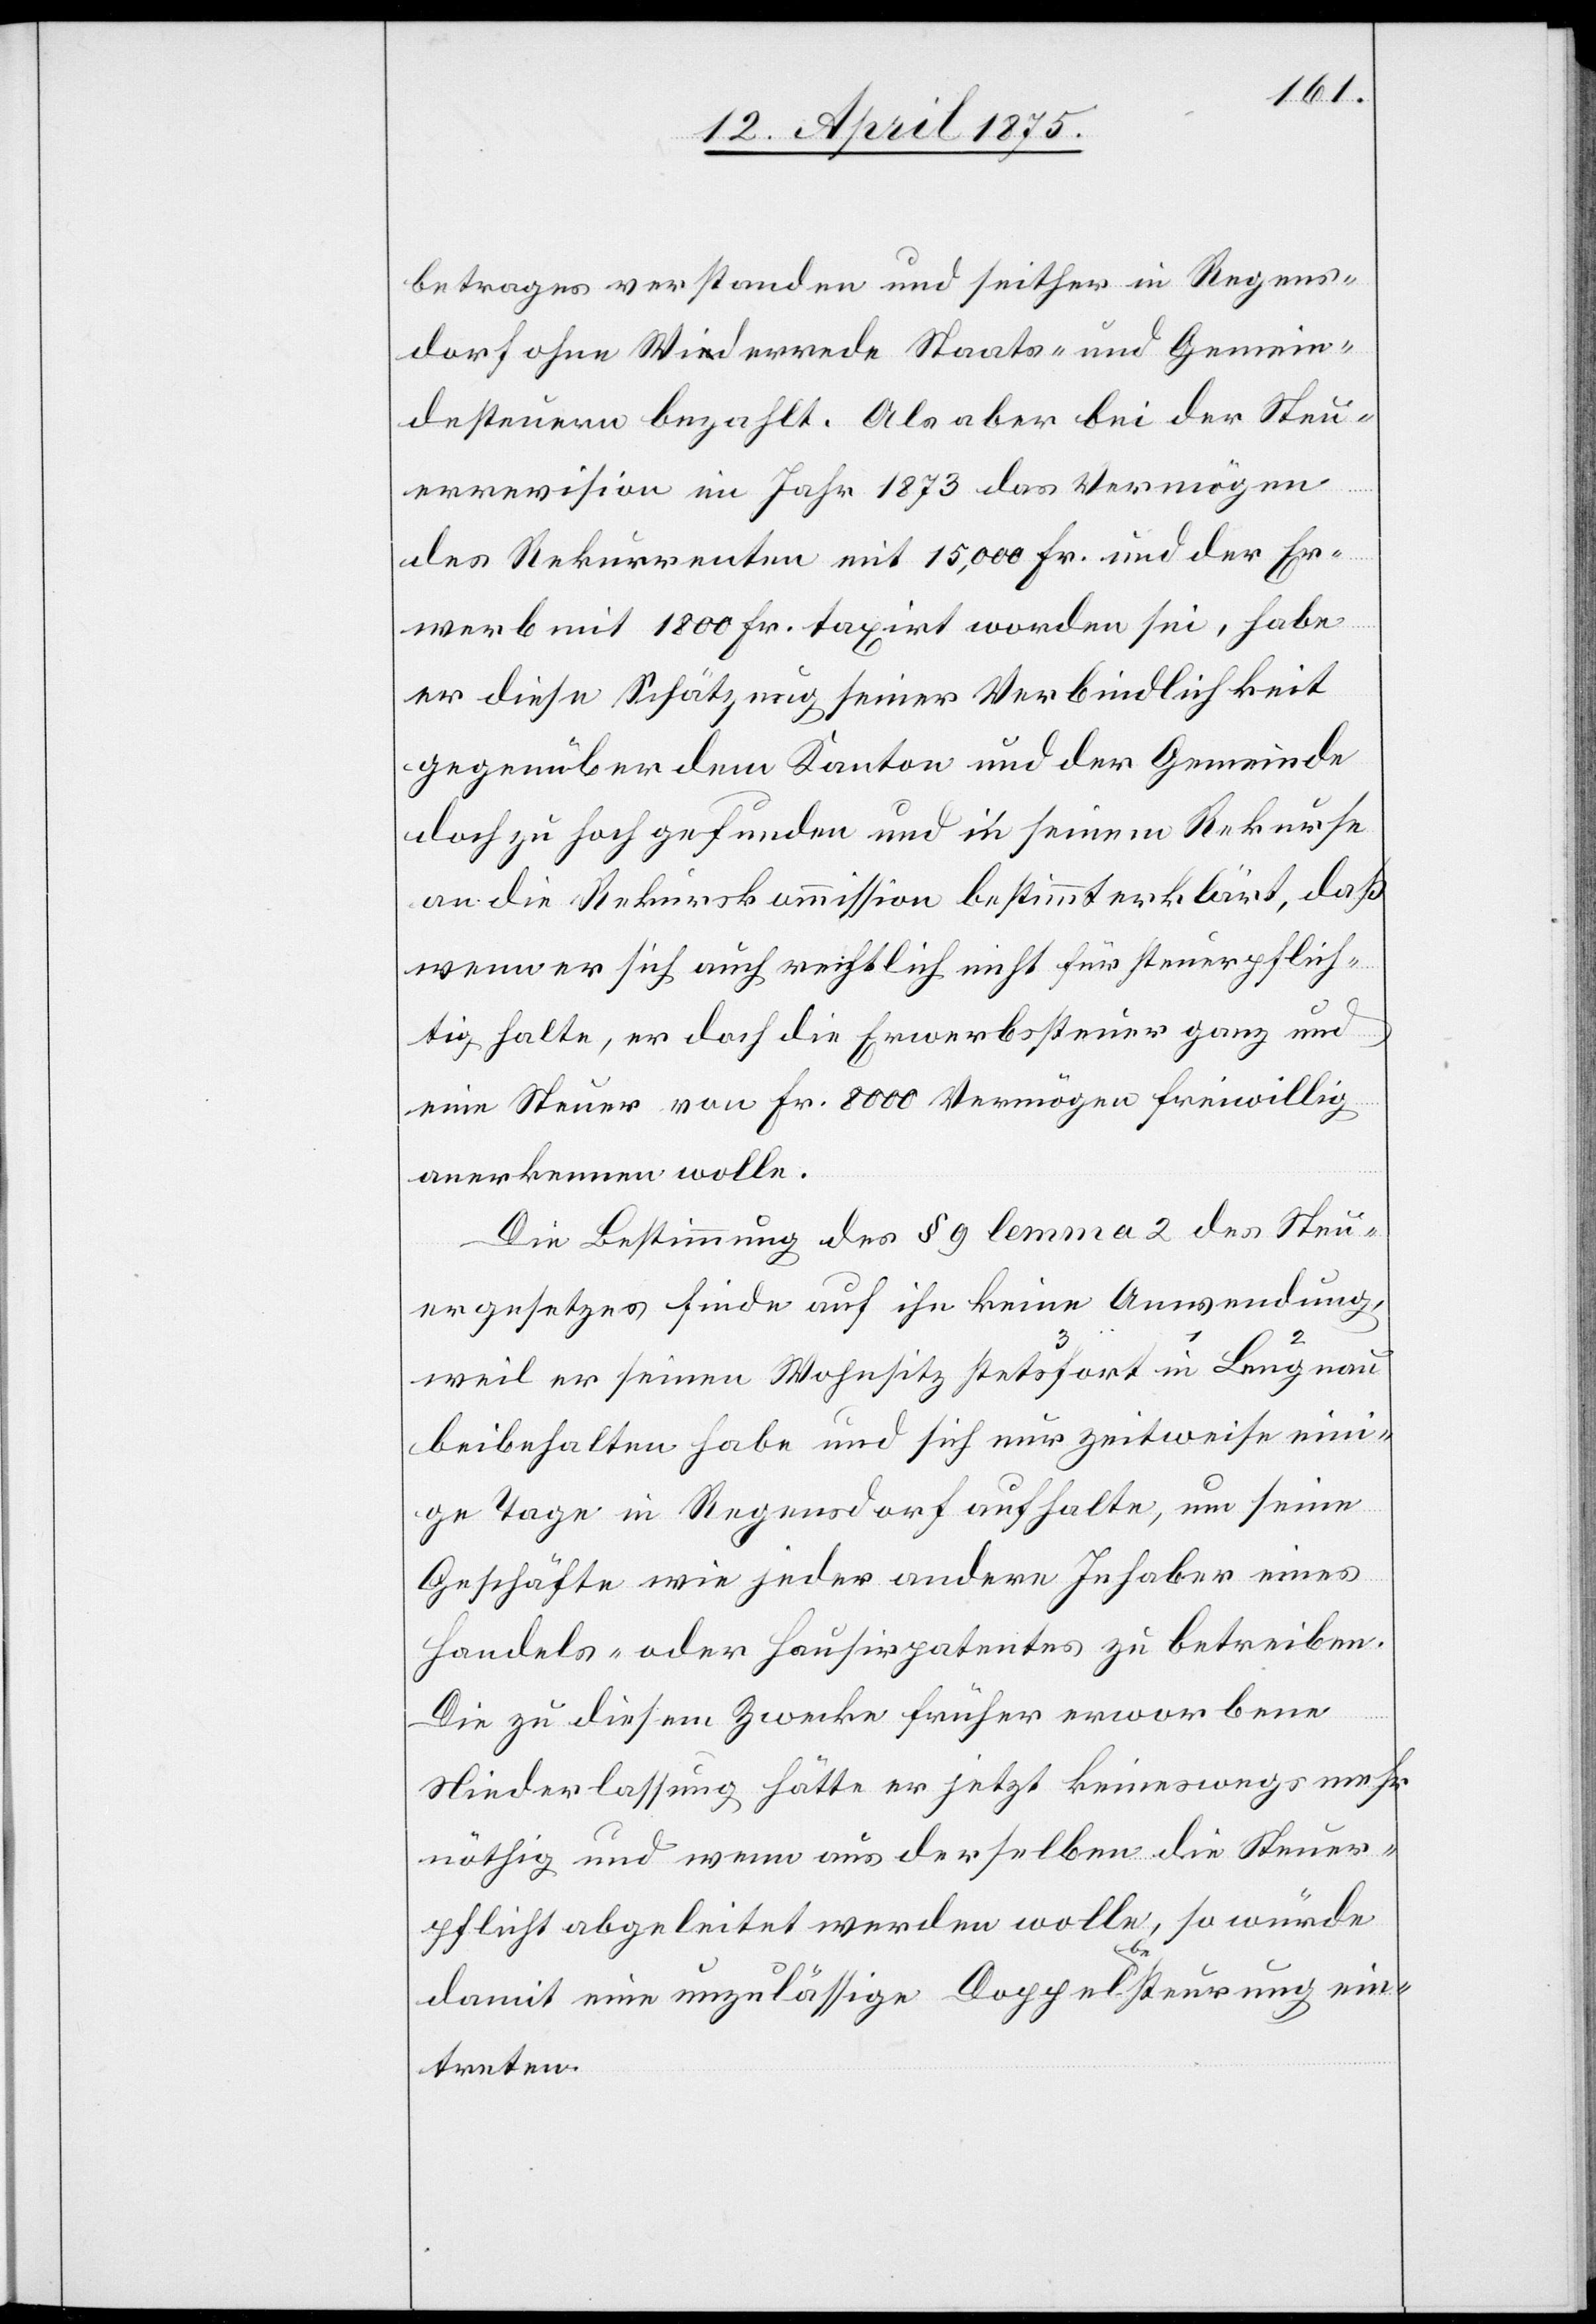
betrages verstanden und seither in Regens¬
dorf ohne Wiederrede Staats- und Gemein¬
desteuern bezahlt. Als aber bei der Steu¬
errevision im Jahr 1873 das Vermögen
des Rekurrenten mit 15,000 Fr. und der Er¬
werb mit 1800 Fr. taxirt worden sei, habe
er diese Schätzung seiner Verbindlichkeit
gegenüber dem Kanton und der Gemeinde
doch zu hoch gefunden und in seinem Rekurse
an die Rekurskommission bestimmt erklärt, daß
wenn er sich auch rechtlich nicht für steuerpflich¬
tig halte, er doch die Erwerbssteuer ganz und
eine Steuer von Fr. 8000 Vermögen freiwillig
anerkennen wolle.
Die Bestimmung des § 9 lemma 2 des Steu¬
ergesetzes finde auf ihn keine Anwendung,
weil er seinen Wohnsitz in Lengnau stetsfort beibehalten
einige Tage in Regensdorf aufhalte, um seine
Geschäfte wie jeder andere Inhaber eines
Handels- oder Hausirpatentes zu betreiben.
Die zu diesem Zwecke früher erworbene
Niederlassung hätte er jetzt keineswegs mehr
nöthig und wenn aus derselben die Steuer¬
pflicht abgeleitet werden wolle, so würde
damit eine unzulässige Doppela-be-asteuerung ein¬
treten.